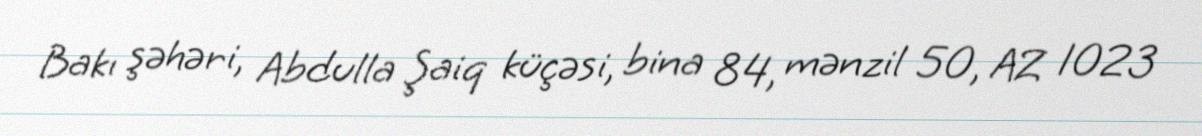
Bakı şəhəri, Abdulla Şaiq küçəsi, bina 84, mənzil 50, AZ 1023